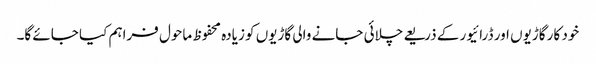
خود کار گاڑیوں اور ڈرائیور کے ذریعے چلائی جانے والی گاڑیوں کو زیادہ محفوظ ماحول فراہم کیا جائے گا۔